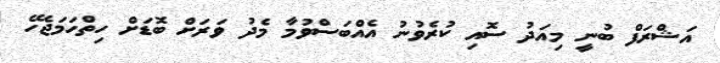
އަޝްރަފް ބުނީ މިއަދު ސޮއި ކުރެވުނު އެއްބަސްވުމާ މެދު ވަރަށް ބޮޑަށް ހިތްހަމަޖެހޭ